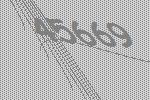
45669